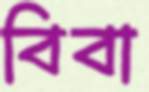
বিবা